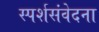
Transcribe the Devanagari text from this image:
स्पर्शसंवेदना